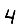
Digit: 4